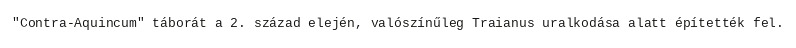
"Contra-Aquincum" táborát a 2. század elején, valószínűleg Traianus uralkodása alatt építették fel.